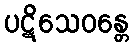
ပဋိသေဝန္တေ